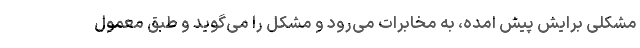
مشکلی برایش پیش امده، به مخابرات می‌رود و مشکل را می‌گوید و طبق معمول